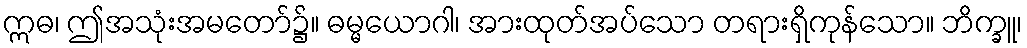
ဣဓ၊ ဤအသုံးအမတော်၌။ ဓမ္မယောဂါ၊ အားထုတ်အပ်သော တရားရှိကုန်သော။ ဘိက္ခူ၊